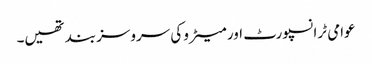
عوامی ٹرانسپورٹ اور میٹرو کی سروسز بند تھیں۔